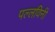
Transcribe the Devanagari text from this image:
पल्लविनी